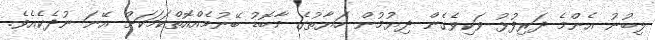
ލިބުނު އެންމެ ދަރިފުޅު ވަކިވެގެން ދިޔުމުން ހަޔާތުގެ މާބޮޑު ބޭނުމެއްއޮތްކަމަކަށް އޭނަ ނުދެކެއެވެ.